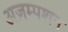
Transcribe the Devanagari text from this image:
अज़म्पशन